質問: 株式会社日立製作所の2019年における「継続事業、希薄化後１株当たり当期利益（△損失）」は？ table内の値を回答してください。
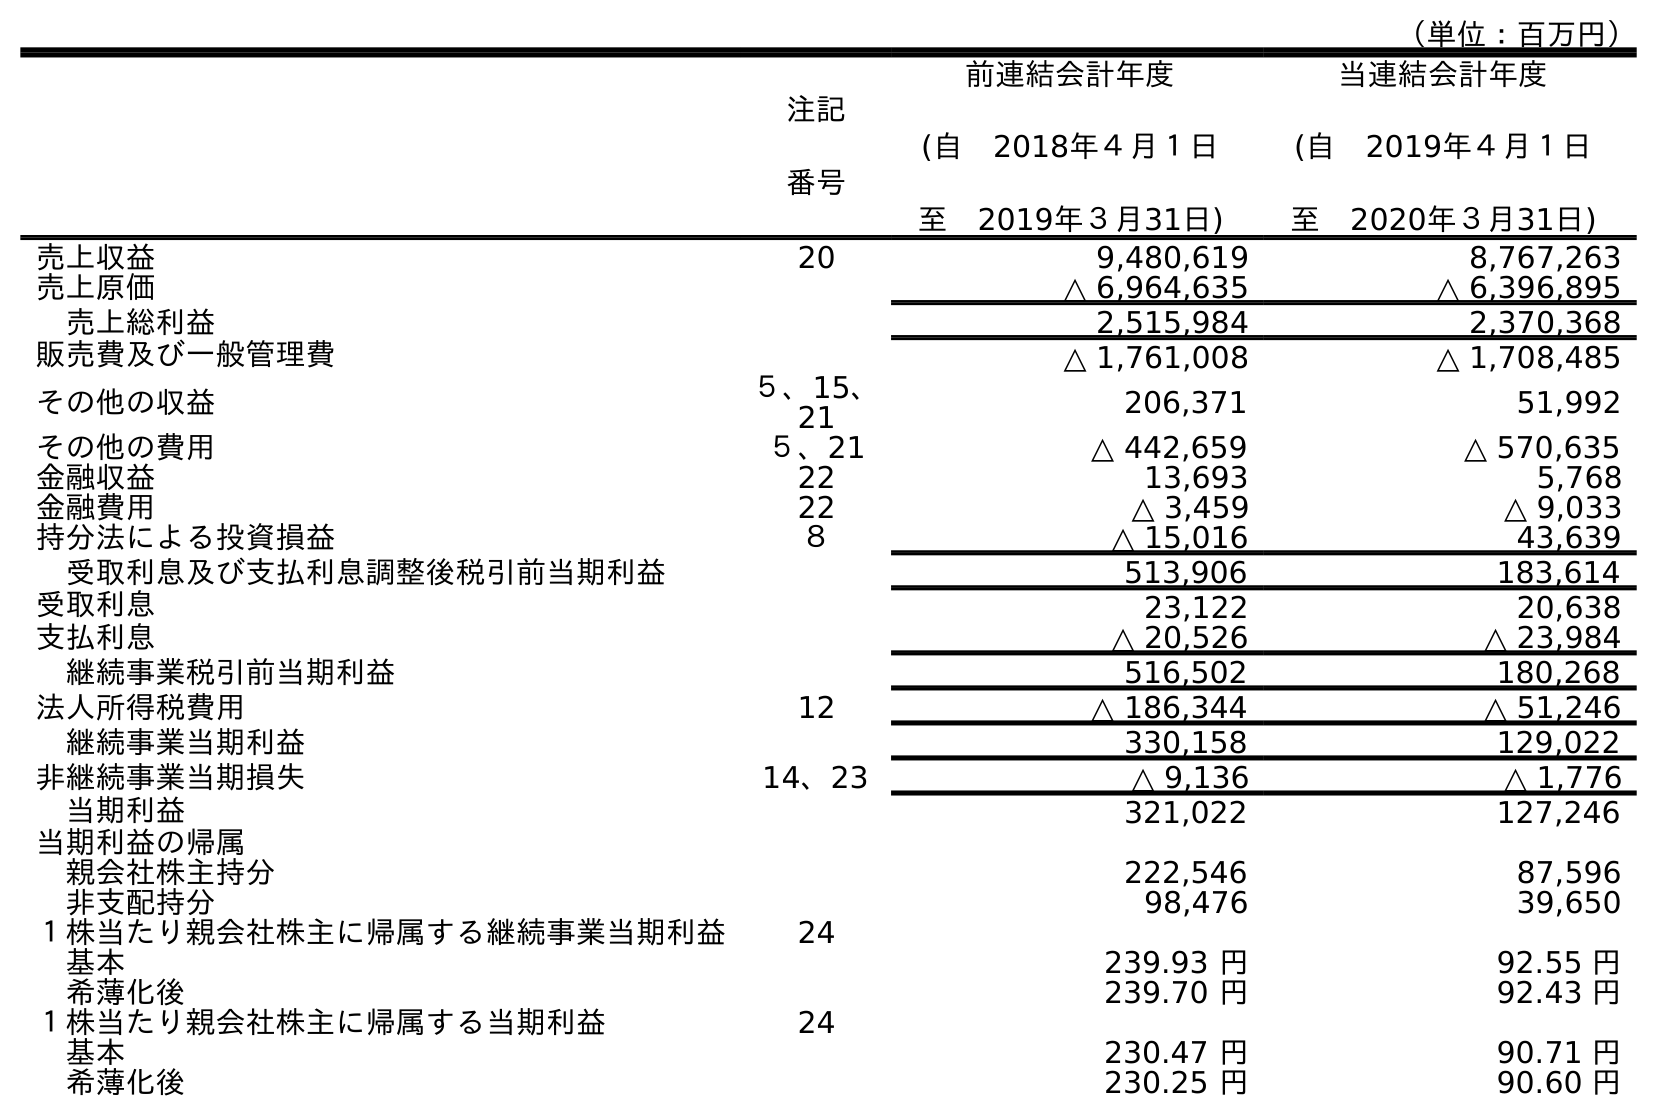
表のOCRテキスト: （単位：百万円） 注記 番号 前連結会計年度 (自 2018年４月１日 至 2019年３月31日) 当連結会計年度 (自 2019年４月１日 至 2020年３月31日) 売上収益 20 9,480,619 8,767,263 売上原価 △ 6,964,635 △ 6,396,895 売上総利益 2,515,984 2,370,368 販売費及び一般管理費 △ 1,761,008 △ 1,708,485 その他の収益 ５、15、 21 206,371 51,992 その他の費用 ５、21 △ 442,659 △ 570,635 金融収益 22 13,693 5,768 金融費用 22 △ 3,459 △ 9,033 持分法による投資損益 ８ △ 15,016 43,639 受取利息及び支払利息調整後税引前当期利益 513,906 183,614 受取利息 23,122 20,638 支払利息 △ 20,526 △ 23,984 継続事業税引前当期利益 516,502 180,268 法人所得税費用 12 △ 186,344 △ 51,246 継続事業当期利益 330,158 129,022 非継続事業当期損失 14、23 △ 9,136 △ 1,776 当期利益 321,022 127,246 当期利益の帰属 親会社株主持分 222,546 87,596 非支配持分 98,476 39,650 １株当たり親会社株主に帰属する継続事業当期利益 24 基本 239.93 円 92.55 円 希薄化後 239.70 円 92.43 円 １株当たり親会社株主に帰属する当期利益 24 基本 230.47 円 90.71 円 希薄化後 230.25 円 90.60 円
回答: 239.70円